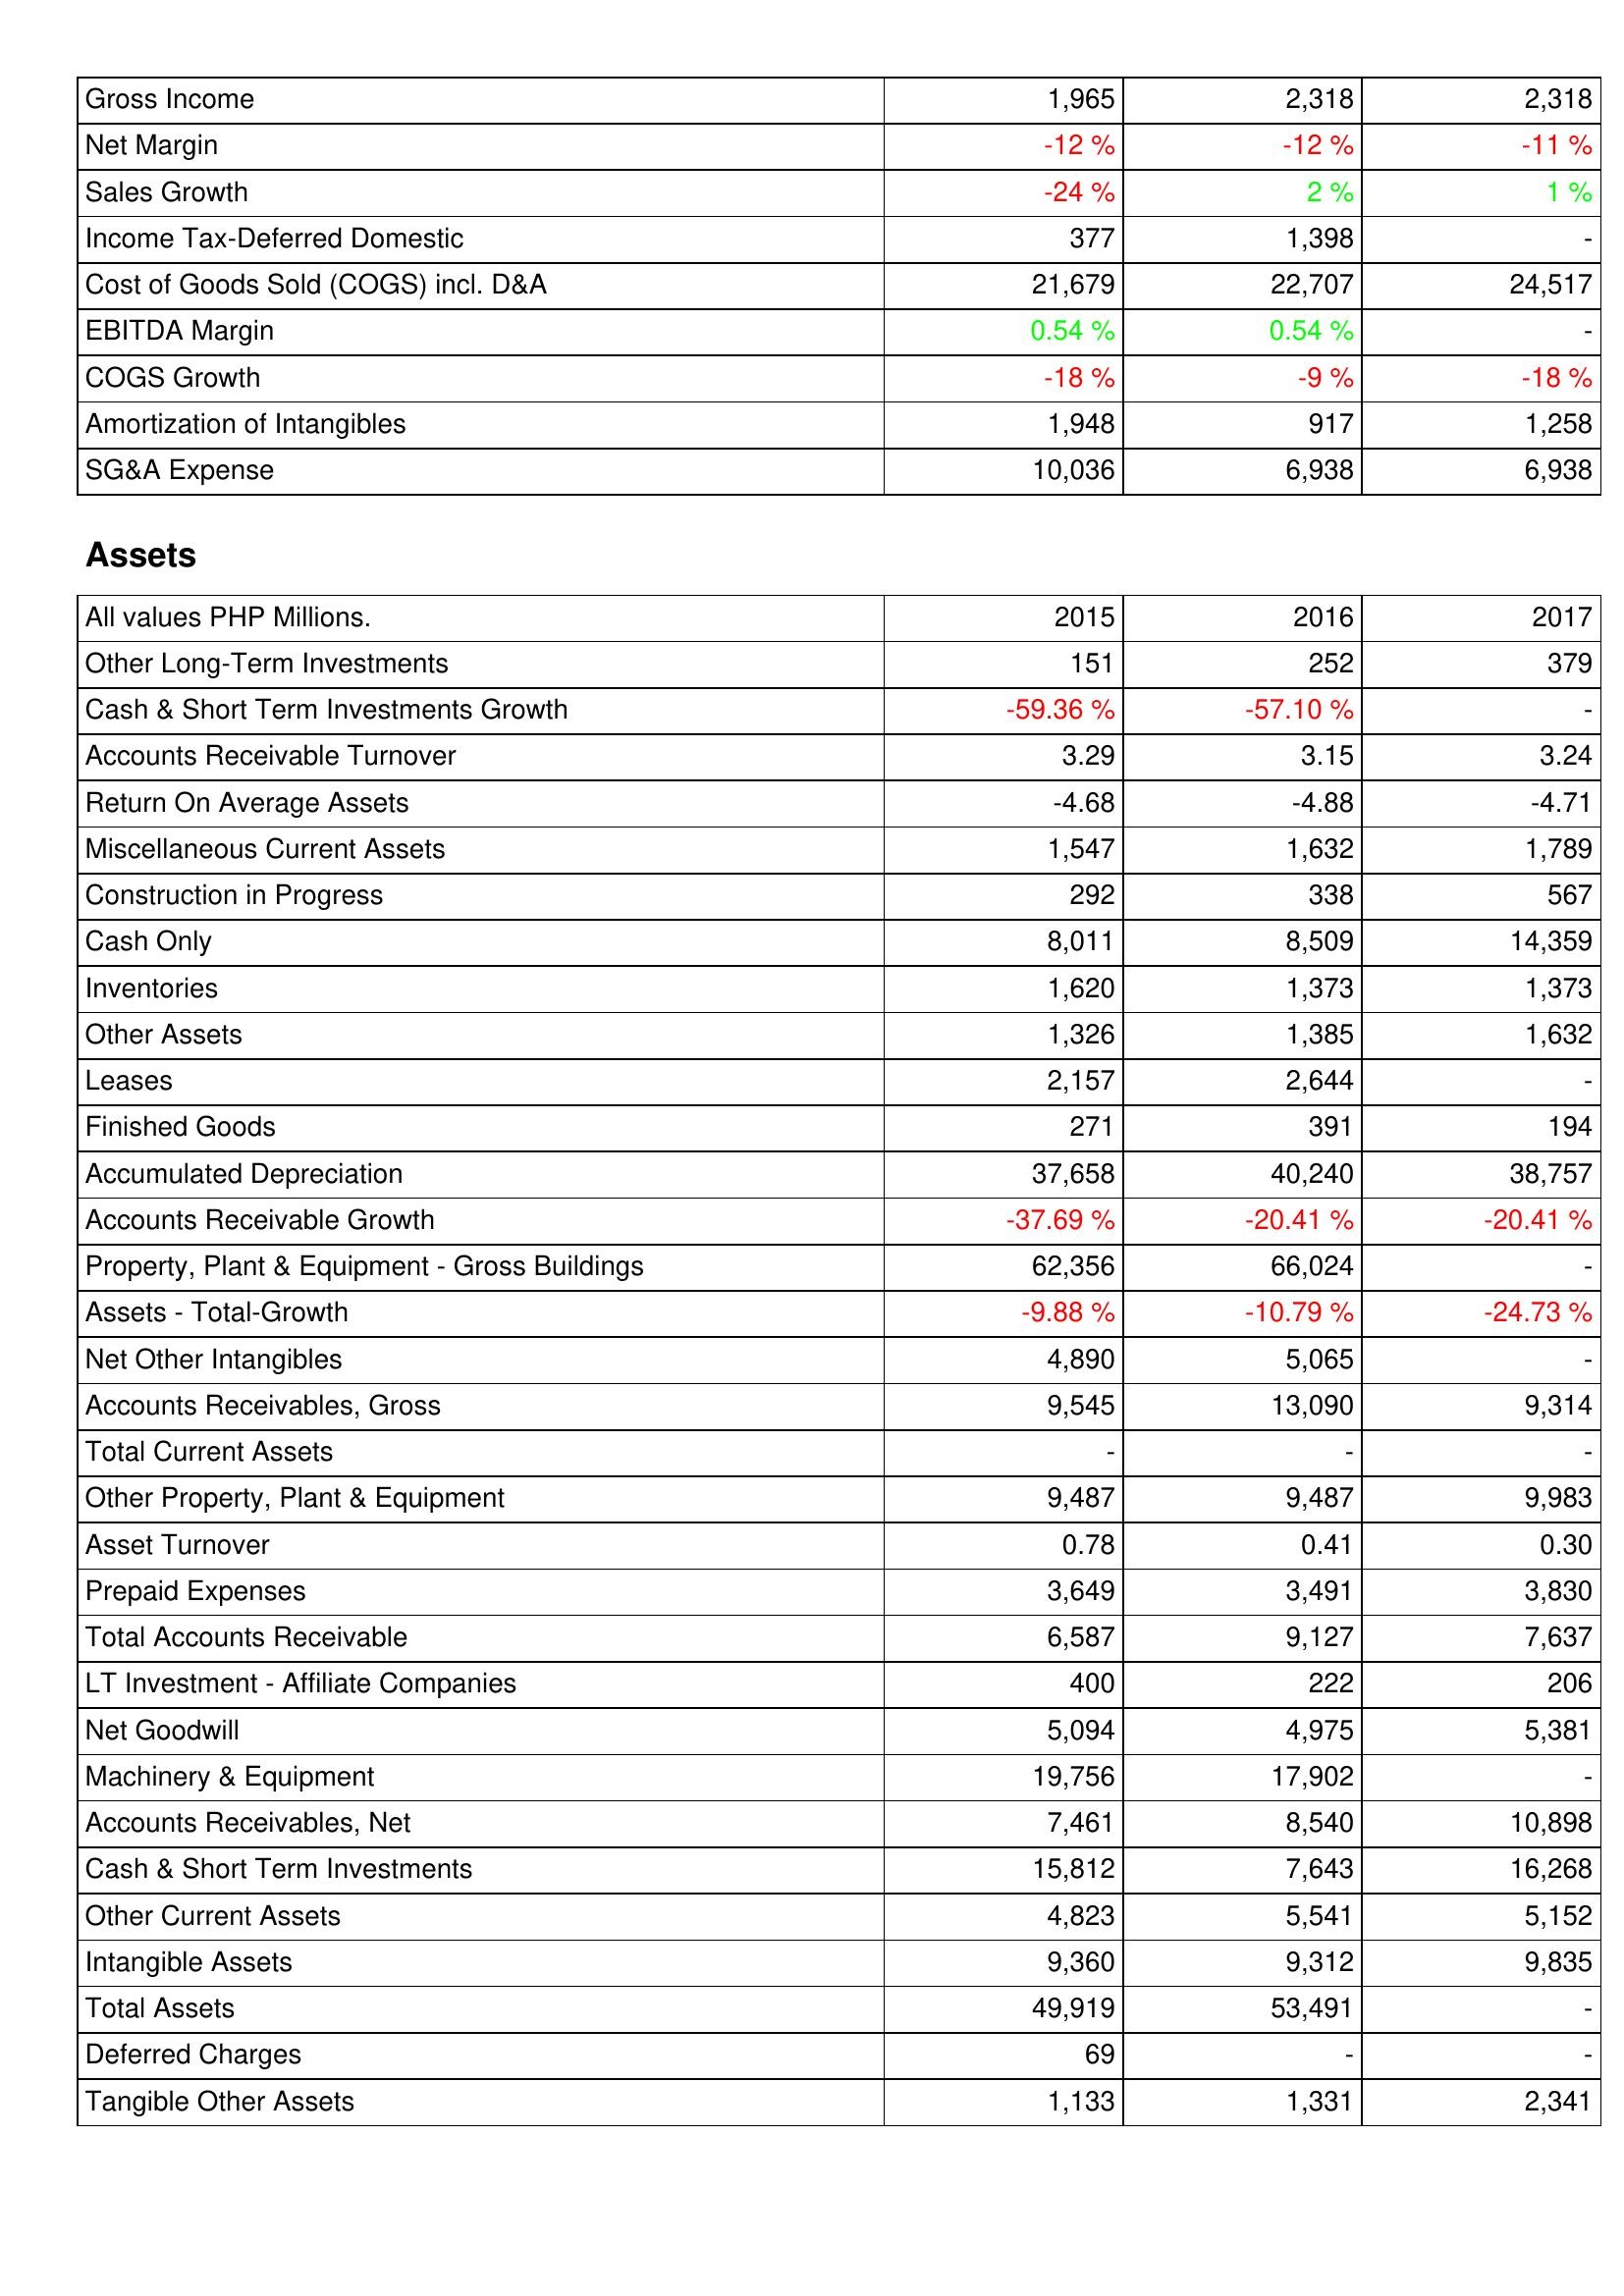
2015: Income Statement: Gross Income: 1,965
Net Margin: -12 %
Sales Growth: -24 %
Income Tax-Deferred Domestic: 377
Cost of Goods Sold (COGS) incl. D&A: 21,679
EBITDA Margin: 0.54 %
COGS Growth: -18 %
Amortization of Intangibles: 1,948
SG&A Expense: 10,036
Assets: Other Long-Term Investments: 151
Cash & Short Term Investments Growth: -59.36 %
Accounts Receivable Turnover: 3.29
Return On Average Assets: -4.68
Miscellaneous Current Assets: 1,547
Construction in Progress: 292
Cash Only: 8,011
Inventories: 1,620
Other Assets: 1,326
Leases: 2,157
Finished Goods: 271
Accumulated Depreciation: 37,658
Accounts Receivable Growth: -37.69 %
Property, Plant & Equipment - Gross Buildings: 62,356
Assets - Total-Growth: -9.88 %
Net Other Intangibles: 4,890
Accounts Receivables, Gross: 9,545
Total Current Assets: -
Other Property, Plant & Equipment: 9,487
Asset Turnover: 0.78
Prepaid Expenses: 3,649
Total Accounts Receivable: 6,587
LT Investment - Affiliate Companies: 400
Net Goodwill: 5,094
Machinery & Equipment: 19,756
Accounts Receivables, Net: 7,461
Cash & Short Term Investments: 15,812
Other Current Assets: 4,823
Intangible Assets: 9,360
Total Assets: 49,919
Deferred Charges: 69
Tangible Other Assets: 1,133
2016: Income Statement: Gross Income: 2,318
Net Margin: -12 %
Sales Growth: 2 %
Income Tax-Deferred Domestic: 1,398
Cost of Goods Sold (COGS) incl. D&A: 22,707
EBITDA Margin: 0.54 %
COGS Growth: -9 %
Amortization of Intangibles: 917
SG&A Expense: 6,938
Assets: Other Long-Term Investments: 252
Cash & Short Term Investments Growth: -57.10 %
Accounts Receivable Turnover: 3.15
Return On Average Assets: -4.88
Miscellaneous Current Assets: 1,632
Construction in Progress: 338
Cash Only: 8,509
Inventories: 1,373
Other Assets: 1,385
Leases: 2,644
Finished Goods: 391
Accumulated Depreciation: 40,240
Accounts Receivable Growth: -20.41 %
Property, Plant & Equipment - Gross Buildings: 66,024
Assets - Total-Growth: -10.79 %
Net Other Intangibles: 5,065
Accounts Receivables, Gross: 13,090
Total Current Assets: -
Other Property, Plant & Equipment: 9,487
Asset Turnover: 0.41
Prepaid Expenses: 3,491
Total Accounts Receivable: 9,127
LT Investment - Affiliate Companies: 222
Net Goodwill: 4,975
Machinery & Equipment: 17,902
Accounts Receivables, Net: 8,540
Cash & Short Term Investments: 7,643
Other Current Assets: 5,541
Intangible Assets: 9,312
Total Assets: 53,491
Deferred Charges: -
Tangible Other Assets: 1,331
2017: Income Statement: Gross Income: 2,318
Net Margin: -11 %
Sales Growth: 1 %
Income Tax-Deferred Domestic: -
Cost of Goods Sold (COGS) incl. D&A: 24,517
EBITDA Margin: -
COGS Growth: -18 %
Amortization of Intangibles: 1,258
SG&A Expense: 6,938
Assets: Other Long-Term Investments: 379
Cash & Short Term Investments Growth: -
Accounts Receivable Turnover: 3.24
Return On Average Assets: -4.71
Miscellaneous Current Assets: 1,789
Construction in Progress: 567
Cash Only: 14,359
Inventories: 1,373
Other Assets: 1,632
Leases: -
Finished Goods: 194
Accumulated Depreciation: 38,757
Accounts Receivable Growth: -20.41 %
Property, Plant & Equipment - Gross Buildings: -
Assets - Total-Growth: -24.73 %
Net Other Intangibles: -
Accounts Receivables, Gross: 9,314
Total Current Assets: -
Other Property, Plant & Equipment: 9,983
Asset Turnover: 0.30
Prepaid Expenses: 3,830
Total Accounts Receivable: 7,637
LT Investment - Affiliate Companies: 206
Net Goodwill: 5,381
Machinery & Equipment: -
Accounts Receivables, Net: 10,898
Cash & Short Term Investments: 16,268
Other Current Assets: 5,152
Intangible Assets: 9,835
Total Assets: -
Deferred Charges: -
Tangible Other Assets: 2,341